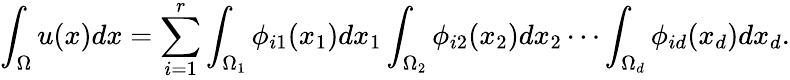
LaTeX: \int_{\Omega}u(x)dx=\sum_{i=1}^{r}\int_{\Omega_{1}}\phi_{i1}(x_{1})dx_{1}\int_{\Omega_{2}}\phi_{i2}(x_{2})dx_{2}\cdots\int_{\Omega_{d}}\phi_{id}(x_{d})dx_{d}.